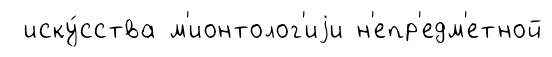
иску́сства м'ионтолог'иjи н'епр'едм'етной